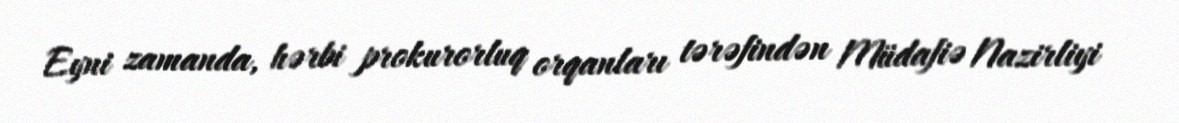
Eyni zamanda, hərbi prokurorluq orqanları tərəfindən Müdafiə Nazirliyi